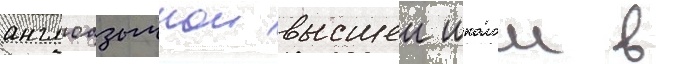
англоазычнои высшеи школои в